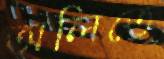
অলিতে